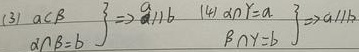
(3) 已知\(\alpha\cap\beta = b\)，\(\left.\begin{array}{l}a\subset\beta\\\end{array}\right\}\Rightarrow a\parallel b\)

(4) 已知\(\alpha\cap\gamma = a\)，\(\left.\begin{array}{l}\alpha\cap\gamma = a\\\beta\cap\gamma = b\\\end{array}\right\}\Rightarrow a\parallel b\)